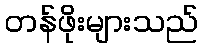
တန်ဖိုးများသည်